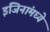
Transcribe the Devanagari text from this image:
इंजिनांमध्ये